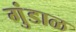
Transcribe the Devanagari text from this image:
गुंडाळ